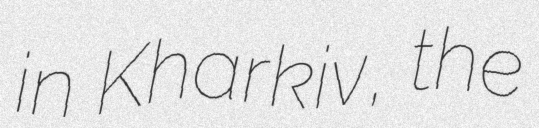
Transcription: in Kharkiv, the